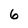
Character: 6